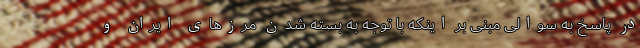
در پاسخ به سوالی مبنی بر اینکه با توجه به بسته شدن مرزهای ایران و